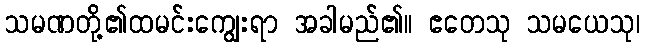
သမဏတို့၏ထမင်းကျွေးရာ အခါမည်၏။ ဧတေသု သမယေသု၊